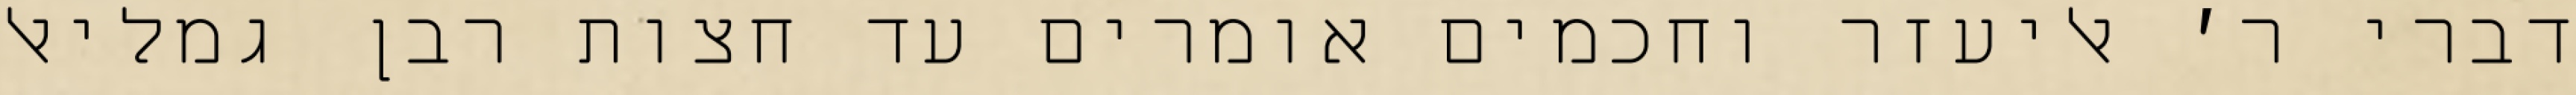
דברי ר׳ אליעזר וחכמים אומרים עד חצות רבן גמליאל